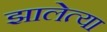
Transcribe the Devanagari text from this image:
झालेत्या